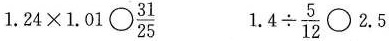
$$1.24 \times 1.01 \bigcirc \frac{31}{25}$$ $$1.4 \div \frac{5}{12}\bigcirc 2.5$$